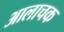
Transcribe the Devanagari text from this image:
आलाचक